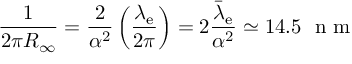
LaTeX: { \frac { 1 } { 2 \pi R _ { \infty } } } = { \frac { 2 } { \alpha ^ { 2 } } } \left( { \frac { \lambda _ { \mathrm { e } } } { 2 \pi } } \right) = 2 { \frac { { \bar { \lambda } } _ { \mathrm { e } } } { \alpha ^ { 2 } } } \simeq 1 4 . 5 ~ { \textrm { n m } }